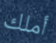
أملك